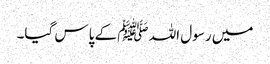
میں رسول اللہ ﷺ کے پاس گیا۔